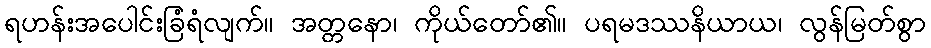
ရဟန်းအပေါင်းခြံရံလျက်။ အတ္တနော၊ ကိုယ်တော်၏။ ပရမဒဿနိယာယ၊ လွန်မြတ်စွာ